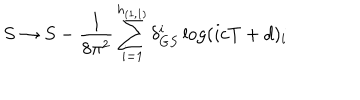
S \rightarrow S - \frac { 1 } { 8 \pi ^ { 2 } } \sum _ { i = 1 } ^ { h _ { ( 1 , 1 ) } } \delta _ { G S } ^ { i } \log ( i c T + d ) _ { i }